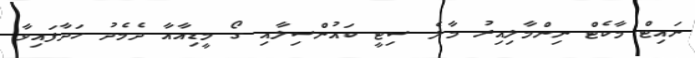
ނައިޓް މާކެޓް ނިންމާލިއިރު މާލެ ސިޓީ ކައުންސިލާއި ގޯ މީޑިއާއާ ދެމެދު ހަދާފައިވާ